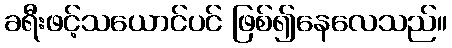
ခရီးဖင့်သယောင်ပင် ဖြစ်၍နေလေသည်။